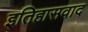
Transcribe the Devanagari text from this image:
इतिहासवाद